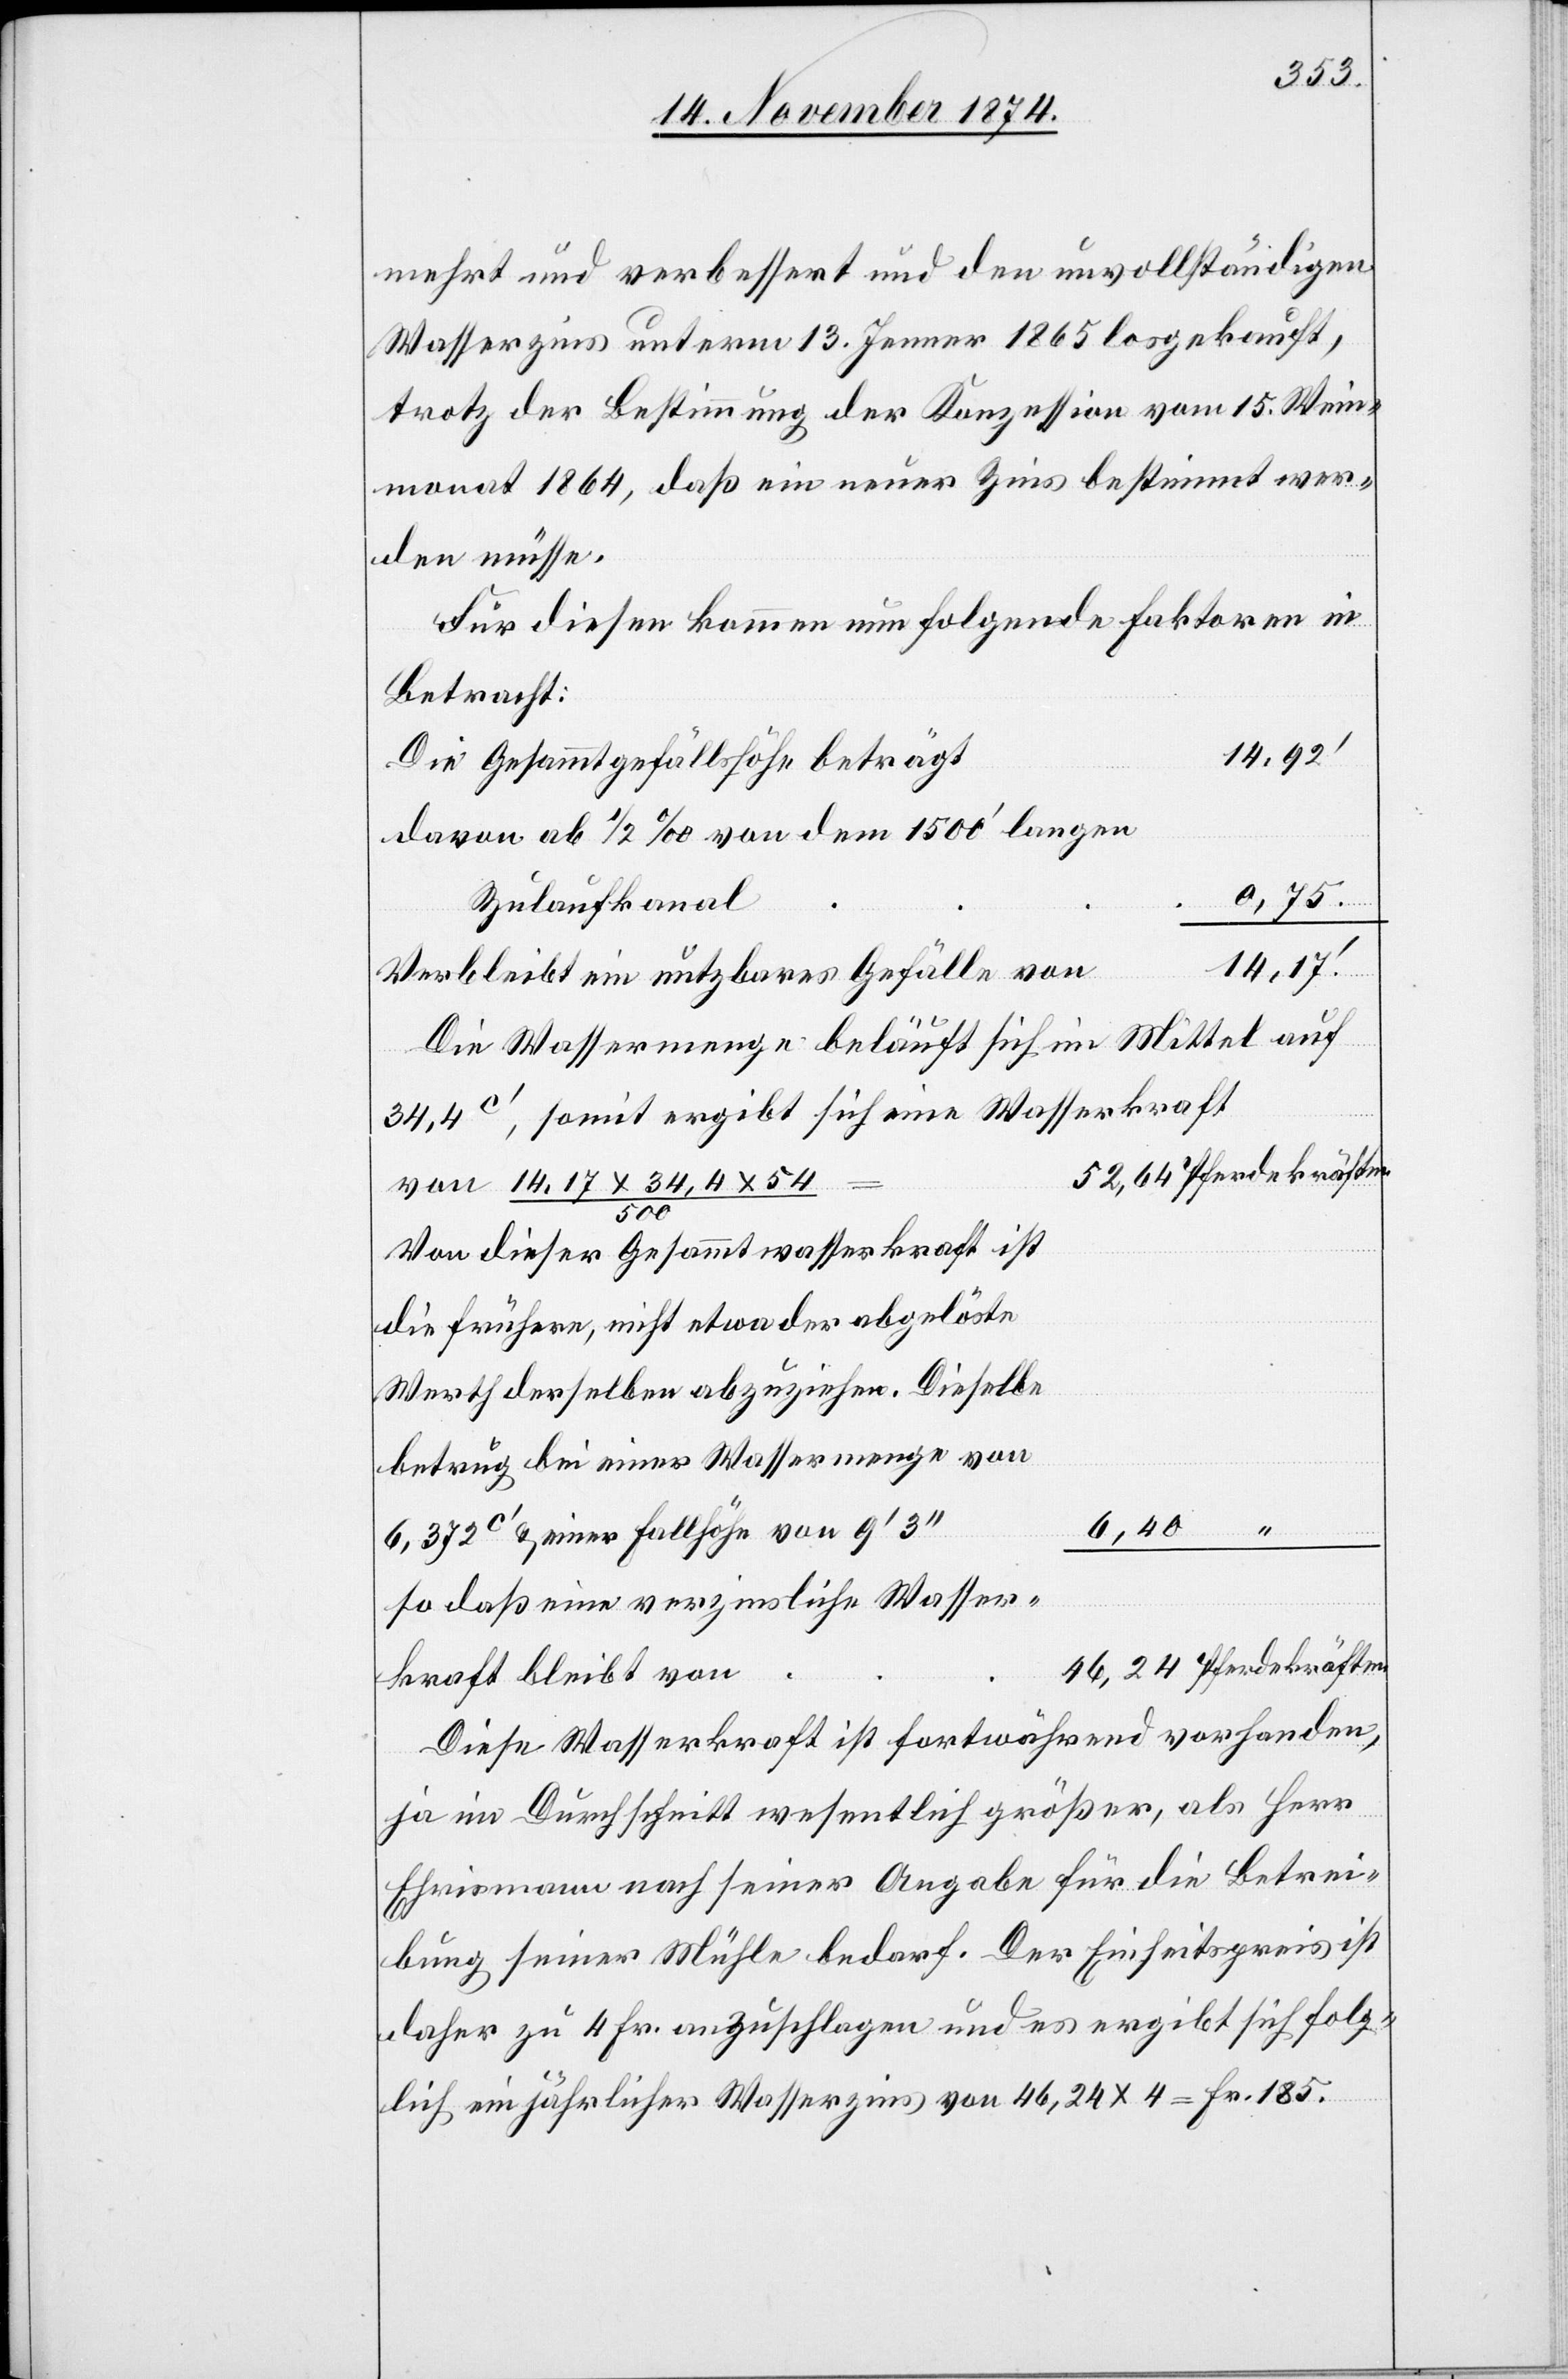
mehrt und verbessert und den unvollständigen
Wasserzins unterm 13. Jenner 1865 losgekauft,
trotz der Bestimmung der Konzession vom 15. Wein¬
monat 1864, daß ein neuer Zins bestimmt wer¬
den müsse.
Für diesen kommen nun folgende Faktoren in
Betracht:
Die Gesammtgefällshöhe beträgt
davon ab 1/2‰ von dem 1500‘ langen
Zulaufkanal
14,17.‘
Verbleibt ein nutzbares Gefälle von
Die Wassermenge beläuft sich im Mittel auf
34,4c‘, somit ergibt sich eine Wasserkraft
52,64 Pferdekräfte.
von 14,17 x 34,4 x 54/500
Von dieser Gesammtwasserkraft ist
die frühere, nicht etwa der abgelöste
Werth derselben abzuziehen. Dieselbe
betrug bei einer Wassermenge von
6,372c‘ & einer Fallhöhe von 9‘3‘‘
so daß eine verzinsliche Wasser¬
46,24 Pferdekräften.
kraft bleibt von
Diese Wasserkraft ist fortwährend vorhanden,
ja im Durchschnitt wesentlich größer, als Herr
Ehrismann nach seiner Angabe für die Betrei¬
bung seiner Mühle bedarf. Der Einheitspreis ist
daher zu 4 Fr. anzuschlagen und es ergibt sich folg¬
lich ein jährlicher Wasserzins von 46,24 x 4 = Fr. 185.